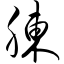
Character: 胨